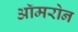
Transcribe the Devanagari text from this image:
ऑमरोन